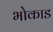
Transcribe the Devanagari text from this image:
भोकाड